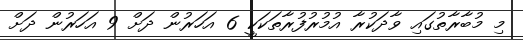
މި މުބާރާތުގައި ވާދަކުރާ އުމުރުފުރާތަކަކީ 6 އަހަރުން ދަށް 9 އަހަރުން ދަށް